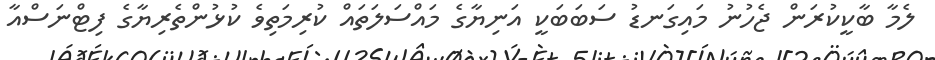
ލެމާ ބާކީކުރަން ޖެހުނު މައިގަނޑު ސަބަބަކީ އަނިޔާގެ މައްސަލަތައް ކުރިމަތިވެ ކުޅުންތެރިޔާގެ ފިޓްނަސްއާ